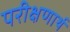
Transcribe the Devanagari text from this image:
परीक्षणार्थ